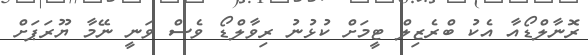
ރޮނާލްޑޯއާ އެކު ބްރެޒިލް ޓީމަށް ކުޅުނު ރިވާލްޑޯ ވެސް ވަނީ ނޭމާ ޔޫރަޕަށް